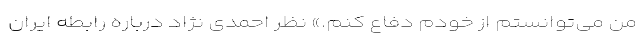
من می‌توانستم از خودم دفاع کنم.» نظر احمدی نژاد درباره رابطه ایران